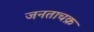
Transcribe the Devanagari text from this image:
जनताचक्र